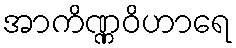
အာကိဏ္ဏဝိဟာရေ